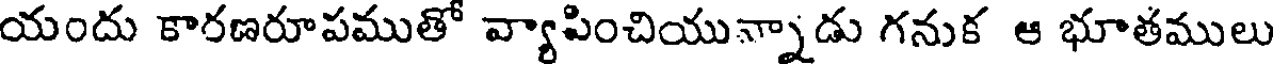
యందు కారణరూపముతో వ్యాపించియున్నాడు గనుక ఆ భూతములు